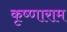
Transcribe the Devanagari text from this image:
कृष्णाराम